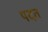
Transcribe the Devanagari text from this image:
पदत